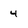
Character: 4